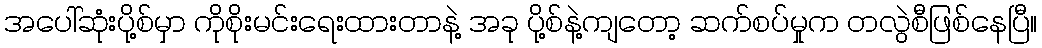
အပေါ်ဆုံးပို့စ်မှာ ကိုစိုးမင်းရေးထားတာနဲ့ အခု ပို့စ်နဲ့ကျတော့ ဆက်စပ်မှုက တလွဲစီဖြစ်နေပြီ။